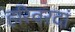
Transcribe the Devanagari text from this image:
हरिवरदां